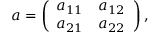
a = \left( \begin{array} { c c } { { a _ { 1 1 } } } & { { a _ { 1 2 } } } \\ { { a _ { 2 1 } } } & { { a _ { 2 2 } } } \end{array} \right) ,